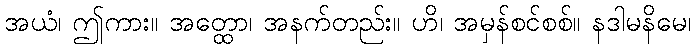
အယံ၊ ဤကား။ အတ္ထော၊ အနက်တည်း။ ဟိ၊ အမှန်စင်စစ်။ နဒါမနိမေ၊